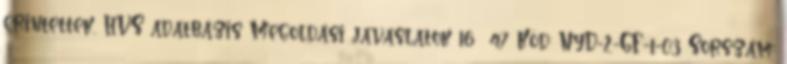
érintettek, HVS adatbázis Megoldási javaslatok 16 47 Kód: NyD-2-GF-1-03 Sorszám: